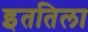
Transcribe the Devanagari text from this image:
इततिला